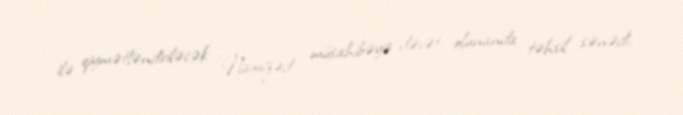
ilə qiymətləndiriləcək: “Namizəd müsahibəyə dəvət olunanda təhsil sənədi,